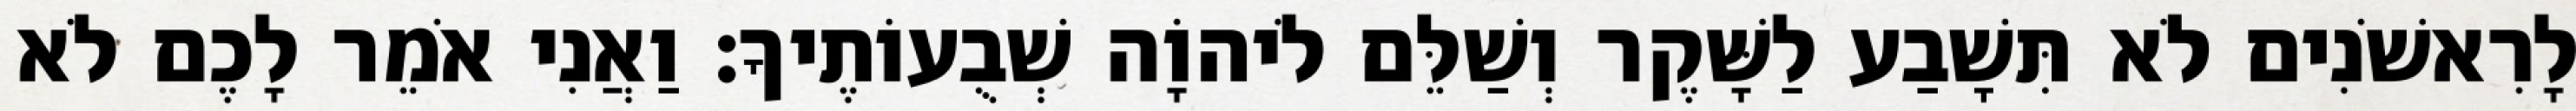
לָרִאשֹׁנִים לֹא תִּשָׁבַע לַשָּׁקֶר וְשַׁלֵּם לֹיהוָֹה שְׁבֻעוֹתֶיךָ׃ וַאֲנִי אֹמֵר לָכֶם לֹא